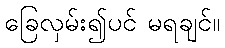
ခြေလှမ်း၍ပင် မရချင်။